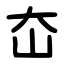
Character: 㞭